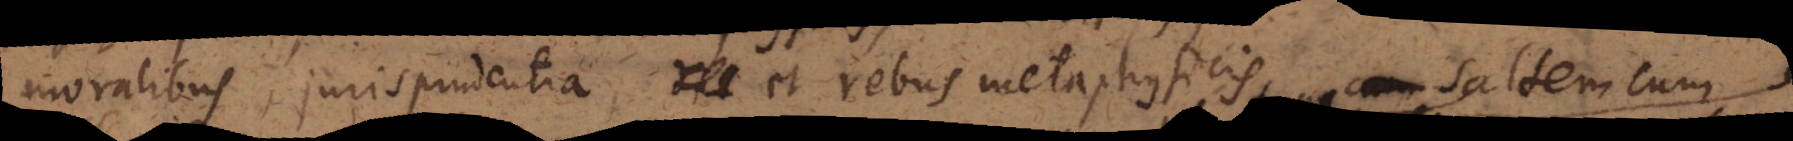
moralibus, jurisprudentia, et rebus metaphysicis